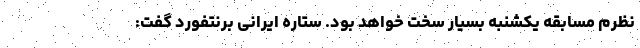
نظرم مسابقه یکشنبه بسیار سخت خواهد بود. ستاره ایرانی برنتفورد گفت: